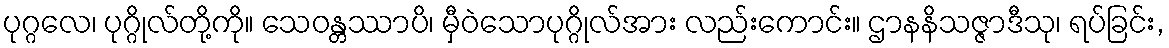
ပုဂ္ဂလေ၊ ပုဂ္ဂိုလ်တို့ကို။ သေဝန္တဿာပိ၊ မှီဝဲသောပုဂ္ဂိုလ်အား လည်းကောင်း။ ဌာနနိသဇ္ဇာဒီသု၊ ရပ်ခြင်း,